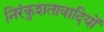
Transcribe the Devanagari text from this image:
निरंकुशतावादियों